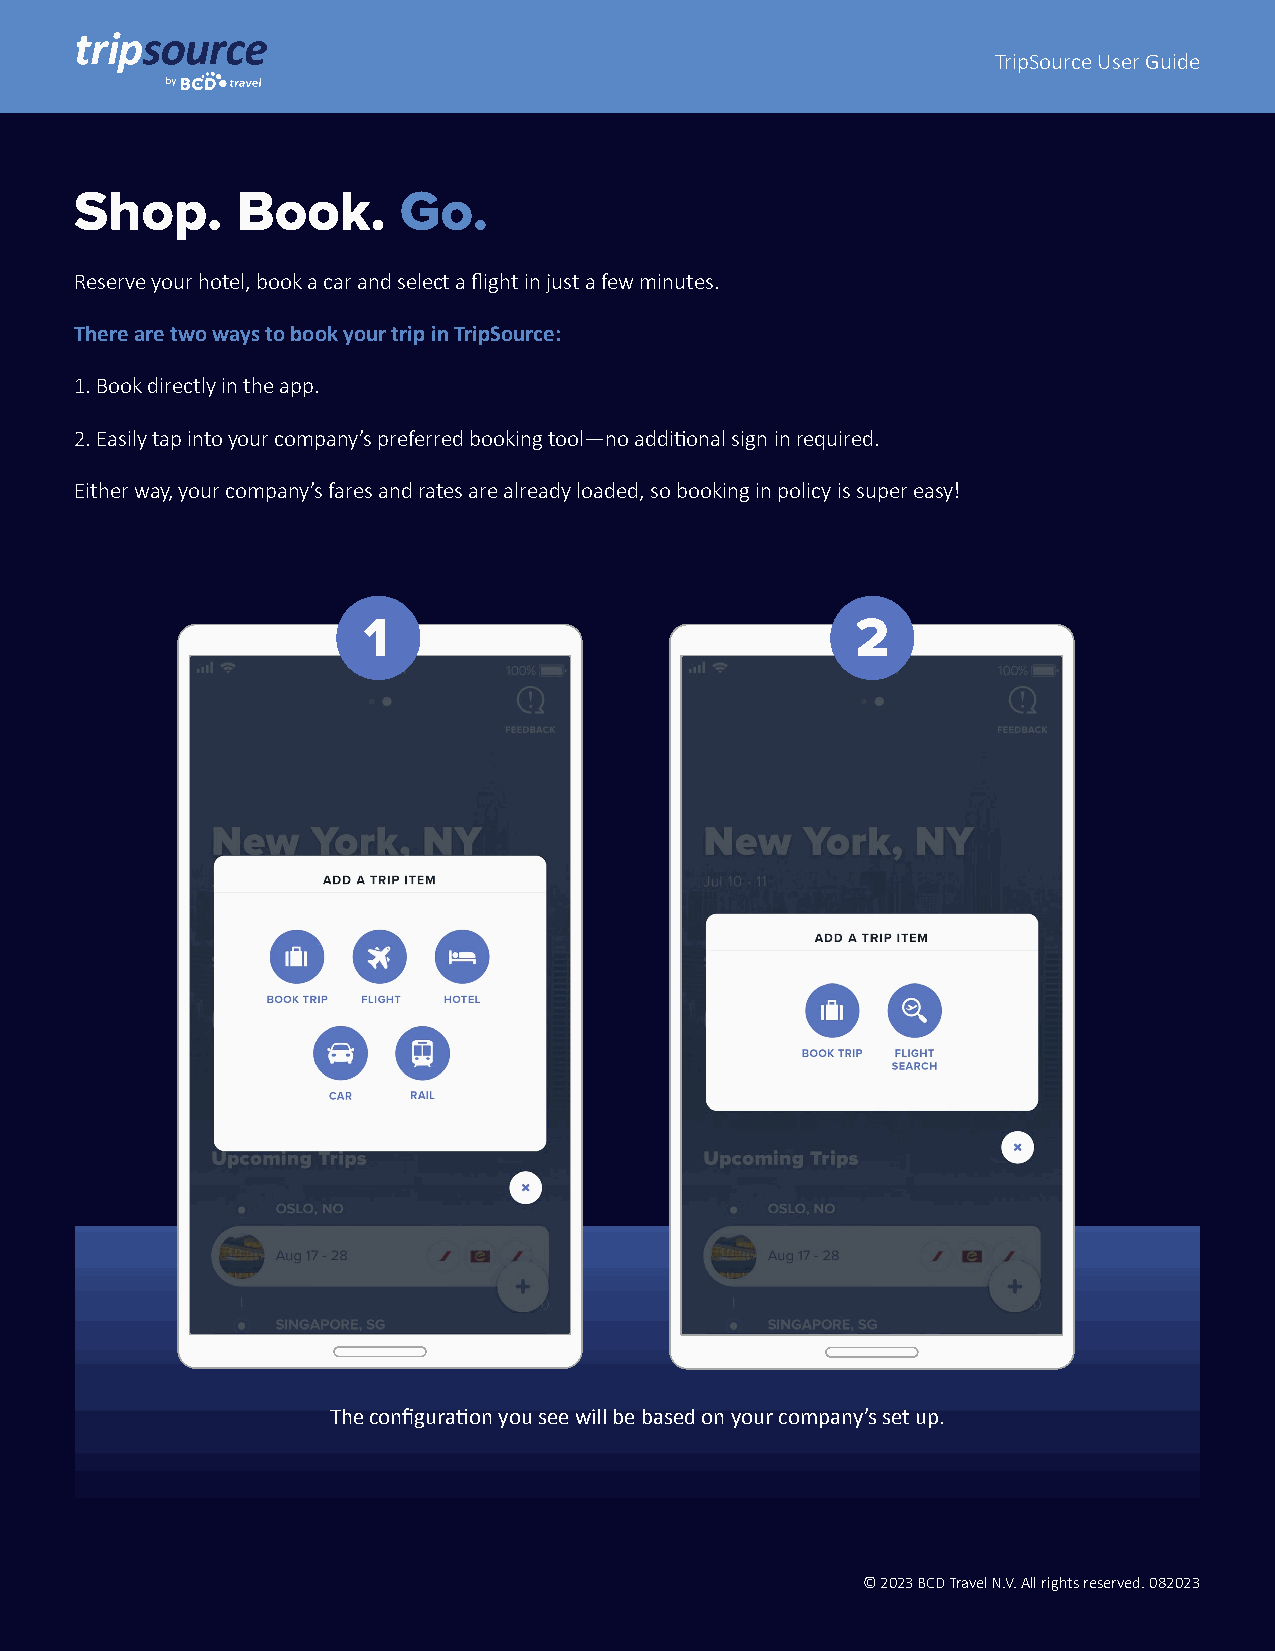
TripSource User Guide
 Shop.      Book.     Go.
 Reserve your hotel, book a car and select a flight in just a few minutes.
 There are two ways to book your trip in TripSource:
 1. Book directly in the app.
 2. Easily tap into your company’s preferred booking tool—no additional sign in required.
 Either way, your company’s fares and rates are already loaded, so booking in policy is super easy!
 1                                2
 The configuration you see will be based on your company’s set up.
 © 2023 BCD Travel N.V. All rights reserved. 082023